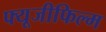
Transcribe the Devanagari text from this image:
फ्यूजीफिल्म